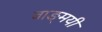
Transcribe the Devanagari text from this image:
वाङ्मयी